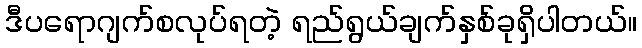
ဒီပရောဂျက်စလုပ်ရတဲ့ ရည်ရွယ်ချက်နှစ်ခုရှိပါတယ်။